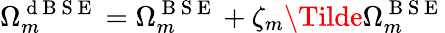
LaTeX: \Omega_{m}^{\mathrm{~d~B~S~E~}}=\Omega_{m}^{\mathrm{~B~S~E~}}+\zeta_{m}\Tilde{\Omega}_{m}^{\mathrm{~B~S~E~}}